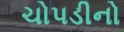
ચોપડીનો